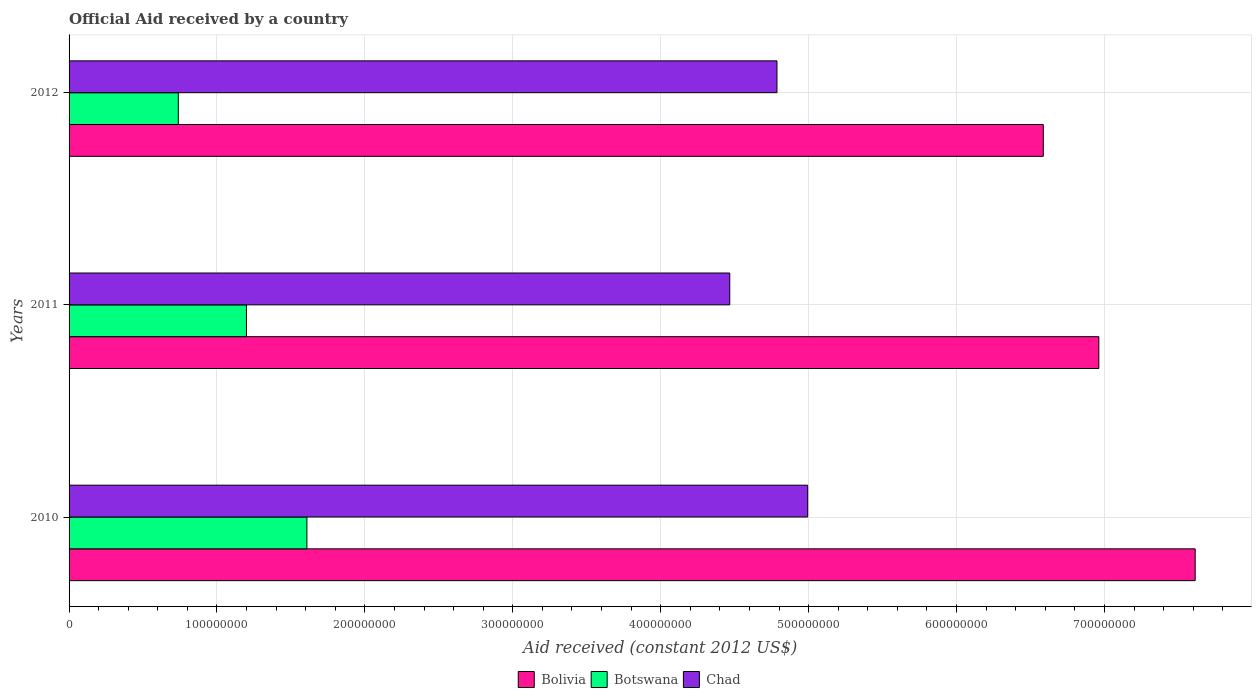
| Years | Bolivia | Botswana | Chad |
 | --- | --- | --- | --- |
 | 2010 | 7.61e+08 | 1.61e+08 | 4.99e+08 |
 | 2011 | 6.96e+08 | 1.2e+08 | 4.47e+08 |
 | 2012 | 6.59e+08 | 7.39e+07 | 4.79e+08 |